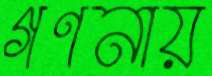
গণনায়